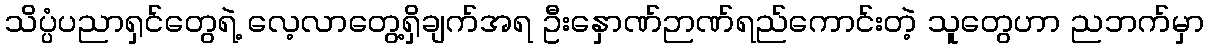
သိပ္ပံပညာရှင်တွေရဲ့ လေ့လာတွေ့ရှိချက်အရ ဦးနှောဏ်ဉာဏ်ရည်ကောင်းတဲ့ သူတွေဟာ ညဘက်မှာ